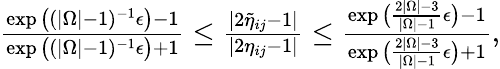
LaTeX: \begin{array}{r}{\frac{\exp\big((|\Omega|-1)^{-1}\epsilon\big)-1}{\exp\big((|\Omega|-1)^{-1}\epsilon\big)+1}\leq\frac{|2\widetilde{\eta}_{ij}-1|}{|2\eta_{ij}-1|}\leq\frac{\exp\big(\frac{2|\Omega|-3}{|\Omega|-1}\epsilon\big)-1}{\exp\big(\frac{2|\Omega|-3}{|\Omega|-1}\epsilon\big)+1},}\end{array}